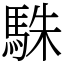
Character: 駯